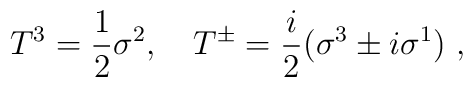
T^3 = \frac{1}{2}\sigma^2,~~~T^{\pm} = \frac{i}{2}(\sigma^3 \pm i \sigma^1)~,